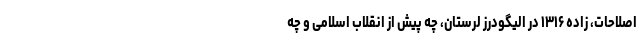
اصلاحات، زاده ۱۳۱۶ در الیگودرز لرستان، چه پیش از انقلاب اسلامی و چه